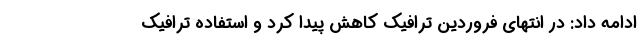
ادامه داد: در انتهای فروردین ترافیک کاهش پیدا کرد و استفاده ترافیک